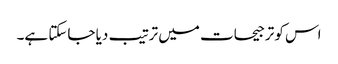
اس کو ترجیحات میں ترتیب دیا جاسکتا ہے۔